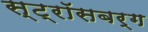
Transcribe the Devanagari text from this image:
स्ट्रॉसबर्ग